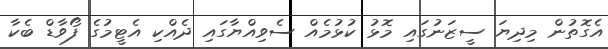
އެގޮތުން މިދިޔަ ސީޒަނުގައި މޮޅު ކުޅުމެއް ސެވިއްޔާގައި ދެއްކި އެޓީމުގެ ފޯވާޑް ބެކާ